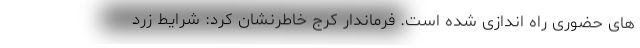
های حضوری راه اندازی شده است. فرماندار کرج خاطرنشان کرد: شرایط زرد